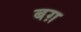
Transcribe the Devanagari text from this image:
बग़